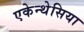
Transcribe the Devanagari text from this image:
एकेन्थेसिया